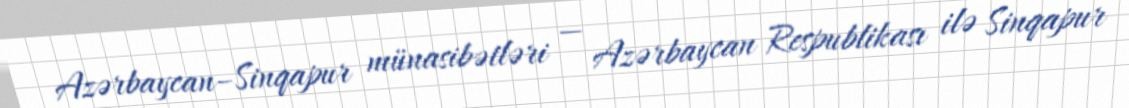
Azərbaycan–Sinqapur münasibətləri — Azərbaycan Respublikası ilə Sinqapur